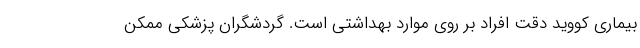
بیماری کووید دقت افراد بر روی موارد بهداشتی است. گردشگران پزشکی ممکن